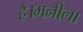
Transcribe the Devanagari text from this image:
है।मनीला